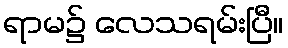
ရာမ၌ လေသရမ်းပြီ။